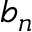
b _ { n }